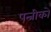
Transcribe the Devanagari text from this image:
पत्नीको